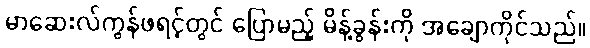
မာဆေးလ်ကွန်ဖရင့်တွင် ပြောမည့် မိန့်ခွန်းကို အချောကိုင်သည်။